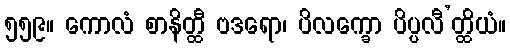
၅၅၉။ ကောလံ စာနိတ္ထီ ဗဒရော၊ ပိလက္ခော ပိပ္ပလီ’တ္ထိယံ။